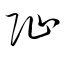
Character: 阯